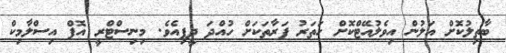
ބާތިލުކޮށް އަލުން އިވެލުއޭޓްކޮށް ހަތަރު ފަރާތަކަށް ހުއްދަ ދީފިއެވެ. މިނިސްޓްރީ އޮފް އިސްލާމިކް